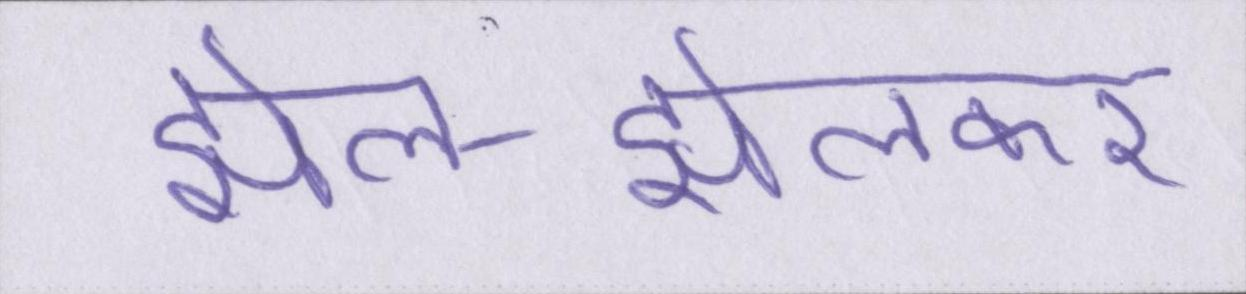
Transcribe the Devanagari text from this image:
झेल-झेलकर